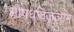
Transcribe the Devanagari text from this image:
औषधविज्ञान